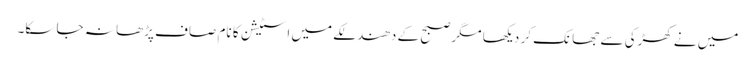
میں نے کھڑکی سے جھانک کر دیکھا مگر صبح کے دھندلکے میں اسٹیشن کا نام صاف پڑھا نہ جا سکا۔